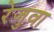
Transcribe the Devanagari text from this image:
रेजुवा